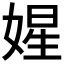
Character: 𡟙